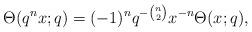
LaTeX: \begin{align*} \Theta(q^nx;q)=(-1)^{n}q^{-\binom{n}{2}}x^{-n}\Theta(x;q), \end{align*}